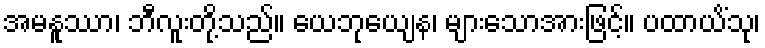
အမနူဿာ၊ ဘီလူးတို့သည်။ ယေဘုယျေန၊ များသောအားဖြင့်။ ပထာယိံသု၊